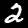
Digit: 2